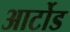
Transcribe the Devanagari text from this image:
आर्टोड